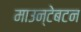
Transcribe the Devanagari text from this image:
माउन्टेबटन